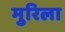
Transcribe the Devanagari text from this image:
मुरिला